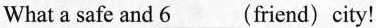
What a safe and 6___(friend) city!